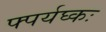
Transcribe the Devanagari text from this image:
फ्पर्यघ्कः